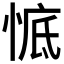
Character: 𱞧